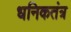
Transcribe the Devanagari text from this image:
धनिकतंत्र